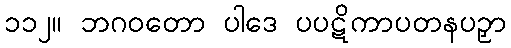
၁၁၂။ ဘဂဝတော ပါဒေ ပပဋိကာပတနပဉှာ